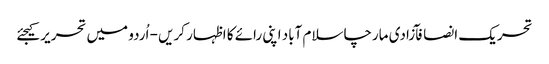
تحریک انصافآزادی مارچاسلام آباد اپنی رائے کا اظہار کریں - اُردو میں تحریر کیجئے